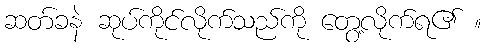
ဆတ်ခနဲ ဆုပ်ကိုင်လိုက်သည်ကို တွေ့လိုက်ရ၏ ။